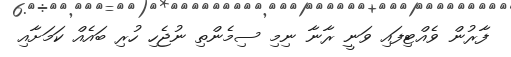
ފާރުން ވެއްޓިފައި ވަނީ ރާނާ ނިމި ސިމެންތި ނުޖެހި ހުރި ބައެއް ކަމަށާއި